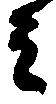
ミ